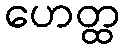
ဟေတ္ထ